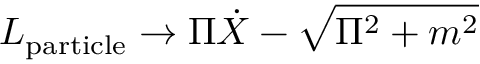
L _ { \mathrm { p a r t i c l e } } \to \Pi \dot { X } - \sqrt { \Pi ^ { 2 } + m ^ { 2 } }